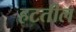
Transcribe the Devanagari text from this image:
हटतील